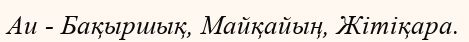
Аu - Бақыршық, Майқайың, Жітіқара.